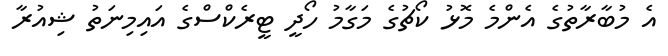
އެ މުބާރާތުގެ އެންމެ މޮޅު ކޯޗުގެ މަގާމު ހޯދީ ޓީރެކްސްގެ އައިމިނަތު ޝިއުރާ